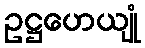
ဥဋ္ဌဟေယျုံ